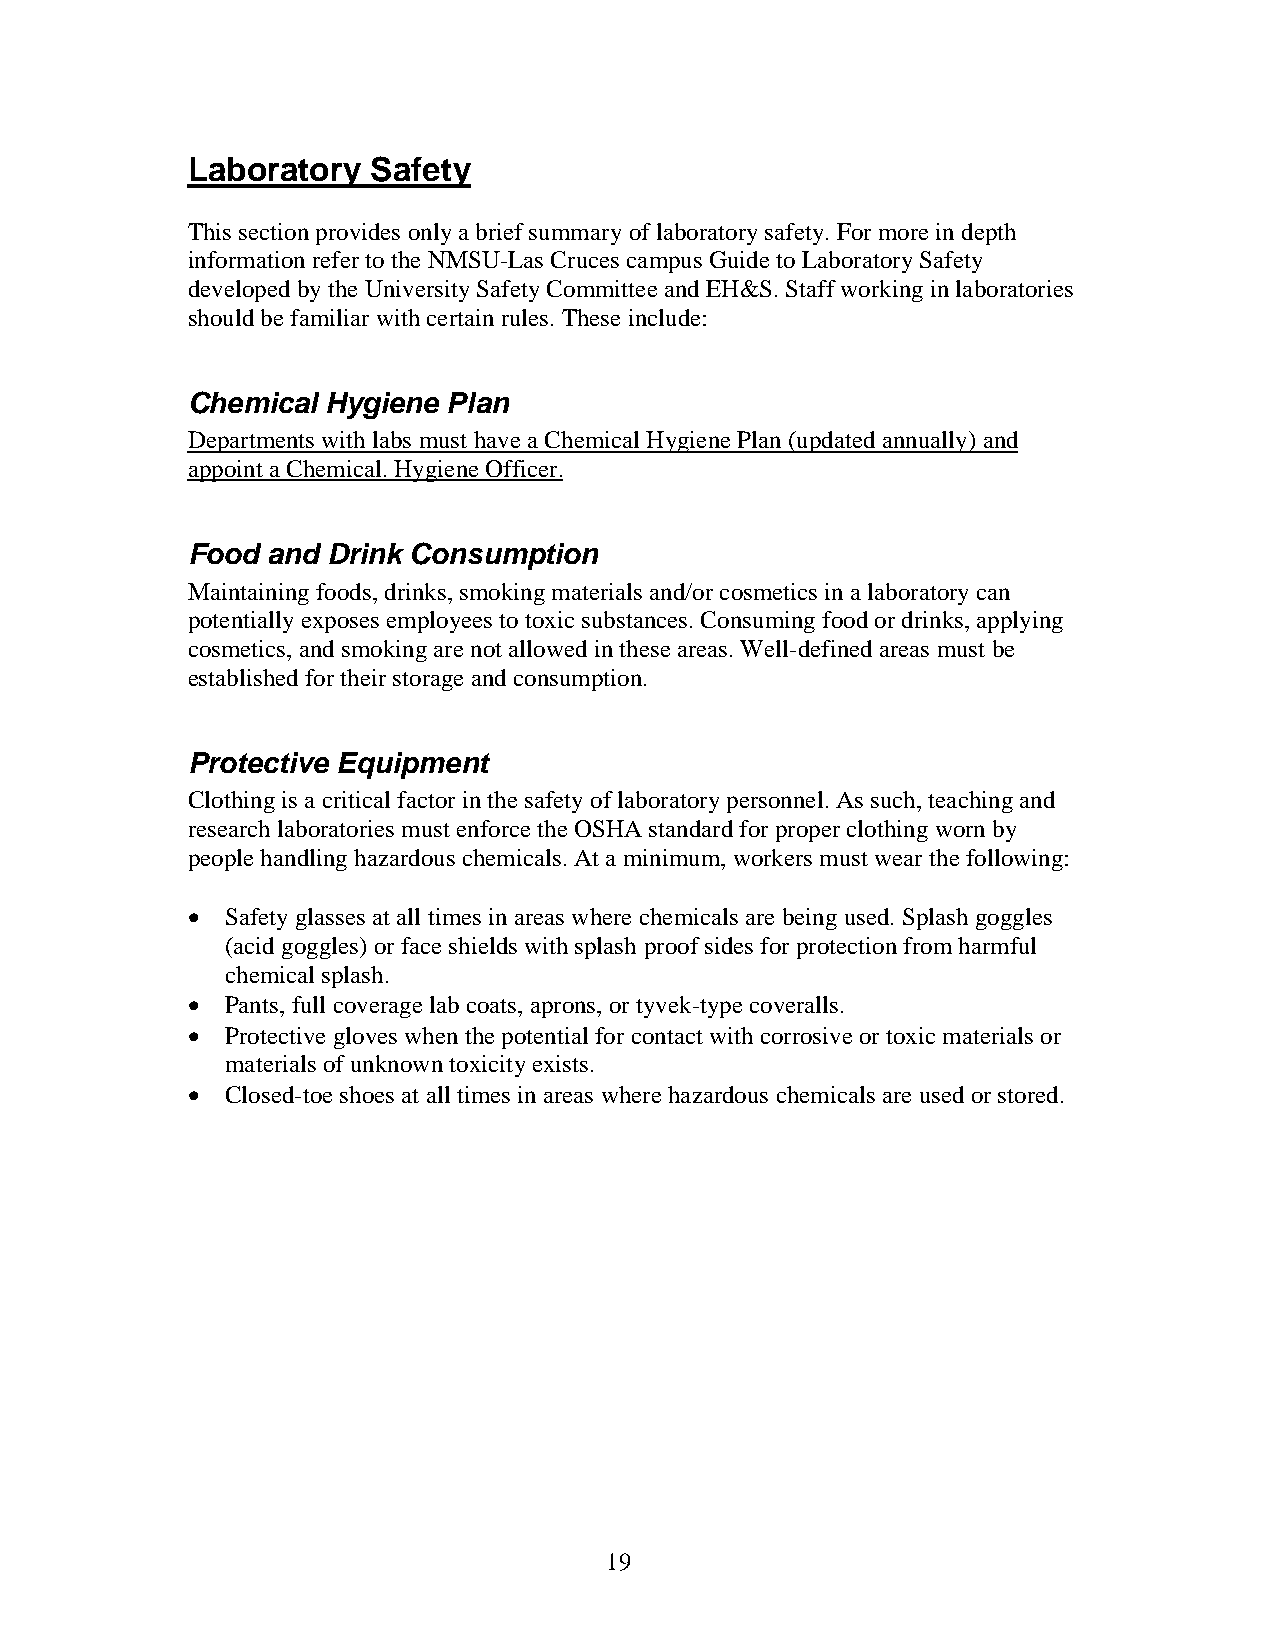
Laboratory   Safety
 This section provides only a brief summary of laboratory safety. For more in depth
 information refer to the NMSU-Las Cruces campus Guide to Laboratory Safety
 developed by the University Safety Committee and EH&S. Staff working in laboratories
 should be familiar with certain rules. These include:
 Chemical  Hygiene Plan
 Departments with labs must have a Chemical Hygiene Plan (updated annually) and
 appoint a Chemical. Hygiene Officer.
 Food  and Drink Consumption
 Maintaining foods, drinks, smoking materials and/or cosmetics in a laboratorycan
 potentially exposes employees to toxic substances. Consuming food or drinks, applying
 cosmetics, and smoking are not allowed in these areas. Well-defined areas must be
 established for their storage and consumption.
 Protective Equipment
 Clothing is a critical factor in the safety of laboratory personnel. As such, teaching and
 research laboratories must enforce the OSHA standard for proper clothing worn by
 people handling hazardous chemicals. At a minimum, workers must wear the following:
   Safety glasses at all times in areas where chemicals are being used. Splash goggles
 (acid goggles) or face shields with splash proof sides for protection from harmful
 chemical splash.
   Pants, full coverage lab coats, aprons, or tyvek-type coveralls.
   Protective gloves when the potential for contact with corrosive or toxic materials or
 materials of unknown toxicity exists.
   Closed-toe shoes at all times in areas where hazardous chemicals are used or stored.
 19